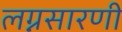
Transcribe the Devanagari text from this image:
लग्नसारणी